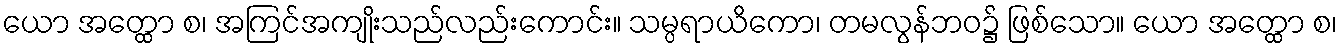
ယော အတ္ထော စ၊ အကြင်အကျိုးသည်လည်းကောင်း။ သမ္ပရာယိကော၊ တမလွန်ဘဝ၌ ဖြစ်သော။ ယော အတ္ထော စ၊